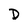
Character: D